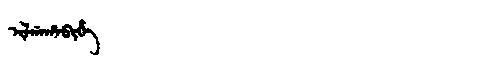
Manchu: ᡳᠯᡤᠠᡥᠠᠪᡳᡥᡝ
Romanization: ILGAHABIHE